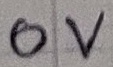
Text: 0V